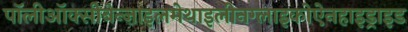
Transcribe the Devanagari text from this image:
पॉलीऑक्सीबेन्ज़ाइलमेथाइलीनग्लाइकोऐनहाइड्राइड